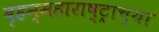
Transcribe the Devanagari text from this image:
बृहन्महाराष्ट्राच्या